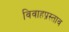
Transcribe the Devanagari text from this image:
विवाहप्रस्ताव